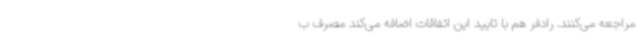
مراجعه می‌کنند. رادفر هم با تایید این اتفاقات اضافه می‌کند مصرف ب